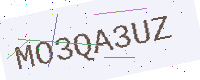
Text: MO3QA3UZ